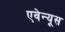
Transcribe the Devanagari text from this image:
एवेन्यूस